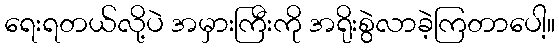
ရေးရတယ်လို့ပဲ အမှားကြီးကို အရိုးစွဲလာခဲ့ကြတာပေါ့။